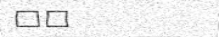
٢١